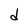
Character: d